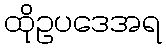
ထိုဥပဒေအရ